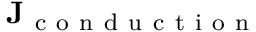
\mathbf { J } _ { \mathrm { ~ c ~ o ~ n ~ d ~ u ~ c ~ t ~ i ~ o ~ n ~ } }